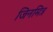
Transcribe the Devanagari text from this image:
जिनमित्र